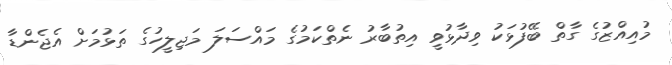
މުއިއްޒުގެ ގާތް ބޭފުޅަކު ވިދާޅުވީ އިތުބާރު ނެތްކަމުގެ މައްސަލަ މަޖިލީހުގެ ތަޅުމަށް އެޖެންޑާ